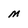
Character: M